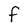
Character: F